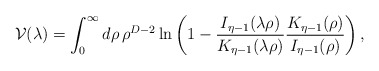
\begin{align*}{\cal V}(\lambda)=\int_0^{\infty} d\rho\,\rho^{D-2} \ln\left(1-{I_{\eta-1}(\lambda\rho)\over K_{\eta-1}(\lambda\rho)} {K_{\eta-1}(\rho)\over I_{\eta-1}(\rho)}\right),\end{align*}